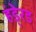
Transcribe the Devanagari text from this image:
हंडे्रड